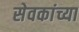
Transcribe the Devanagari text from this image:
सेवकांच्या